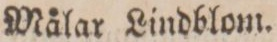
Målar Lindblom.